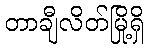
တာချီလိတ်မြို့ရှိ